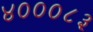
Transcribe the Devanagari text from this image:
४०००८३